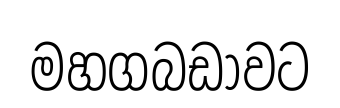
මහගබඩාවට